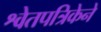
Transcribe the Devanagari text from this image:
श्वेतपत्रिकेने